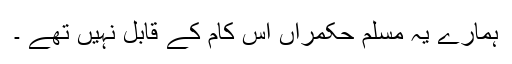
ہمارے یہ مسلم حکمراں اس کام کے قابل نہیں تھے ۔